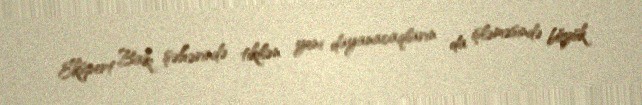
Ekspert Bakı şəhərində tikilən yeni dayanacaqların da işləməsində böyük